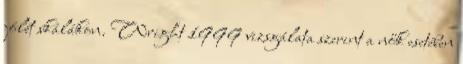
jólét skálákon. Wright 1999 vizsgálata szerint a nők esetében